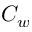
C _ { w }